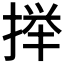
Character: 𫽥